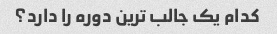
کدام یک جالب ترین دوره را دارد؟